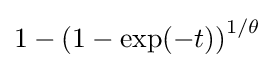
1-\left(1-\exp(-t)\right)^{1/\theta }